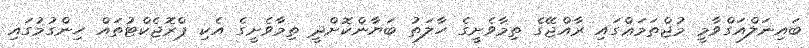
ބައިނަލްއަގްވާމީ މުޖްތަމަޢްގައި ރާއްޖޭގެ ތިމާވެށީގެ ހާލަތު ބަޔާންކޮށްދީ ތިމާވެށީގެ އެކި ޕްރޮޖެކްޓުތައް ހިންގުމުގައި